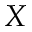
X